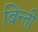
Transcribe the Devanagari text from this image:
बिन्ती